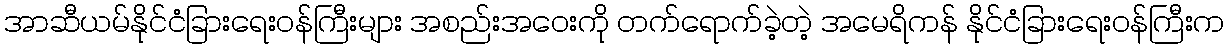
အာဆီယမ်နိုင်ငံခြားရေးဝန်ကြီးများ အစည်းအဝေးကို တက်ရောက်ခဲ့တဲ့ အမေရိကန် နိုင်ငံခြားရေးဝန်ကြီးက